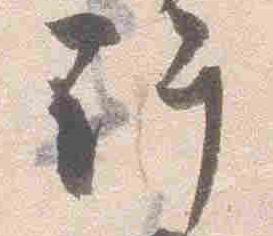
許